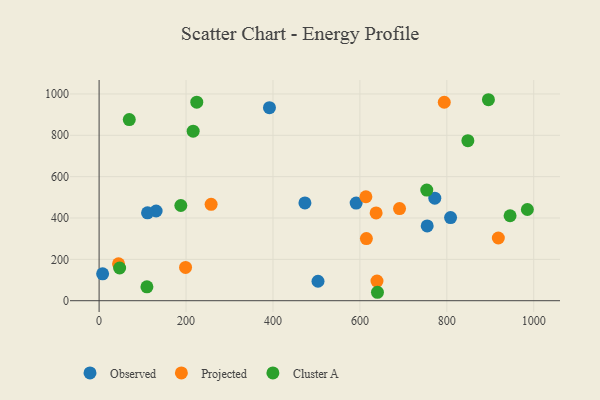
{"axis": {"x": "Distance", "y": "Sales"}, "legend": ["Cluster A", "Observed", "Projected"], "data": [{"x": "808.6", "y": 402.3, "type": "Observed"}, {"x": "754.8", "y": 361.8, "type": "Observed"}, {"x": "473.5", "y": 473.1, "type": "Observed"}, {"x": "591.4", "y": 472.0, "type": "Observed"}, {"x": "391.9", "y": 933.4, "type": "Observed"}, {"x": "503.6", "y": 94.1, "type": "Observed"}, {"x": "131.2", "y": 433.8, "type": "Observed"}, {"x": "8.1", "y": 129.8, "type": "Observed"}, {"x": "111.4", "y": 425.2, "type": "Observed"}, {"x": "772.3", "y": 496.0, "type": "Observed"}, {"x": "44.7", "y": 178.4, "type": "Projected"}, {"x": "639.3", "y": 94.8, "type": "Projected"}, {"x": "614.9", "y": 300.6, "type": "Projected"}, {"x": "257.7", "y": 466.1, "type": "Projected"}, {"x": "691.2", "y": 445.4, "type": "Projected"}, {"x": "637.3", "y": 424.7, "type": "Projected"}, {"x": "794.1", "y": 959.9, "type": "Projected"}, {"x": "918.5", "y": 303.2, "type": "Projected"}, {"x": "613.8", "y": 502.7, "type": "Projected"}, {"x": "198.9", "y": 161.2, "type": "Projected"}, {"x": "110.0", "y": 67.3, "type": "Cluster A"}, {"x": "47.2", "y": 158.2, "type": "Cluster A"}, {"x": "224.7", "y": 960.0, "type": "Cluster A"}, {"x": "69.4", "y": 876.2, "type": "Cluster A"}, {"x": "640.4", "y": 40.8, "type": "Cluster A"}, {"x": "945.5", "y": 410.9, "type": "Cluster A"}, {"x": "188.0", "y": 460.5, "type": "Cluster A"}, {"x": "985.3", "y": 441.2, "type": "Cluster A"}, {"x": "848.4", "y": 773.9, "type": "Cluster A"}, {"x": "753.8", "y": 534.9, "type": "Cluster A"}, {"x": "895.7", "y": 972.0, "type": "Cluster A"}, {"x": "216.4", "y": 820.0, "type": "Cluster A"}]}